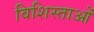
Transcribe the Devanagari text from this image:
विशिस्ताओं